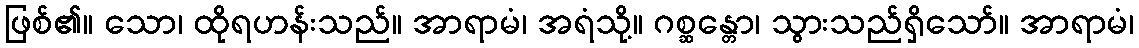
ဖြစ်၏။ သော၊ ထိုရဟန်းသည်။ အာရာမံ၊ အရံသို့။ ဂစ္ဆန္တော၊ သွားသည်ရှိသော်။ အာရာမံ၊